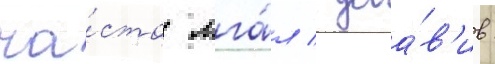
ча́сто лга́л / доба́в'ив: